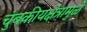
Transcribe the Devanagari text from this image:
चुंबकीयक्षेत्रामुळे